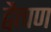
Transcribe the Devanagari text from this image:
द्वैत्पण